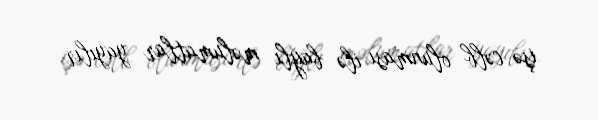
işə cəlb olunması ilə bağlı məlumatlar yayılır.